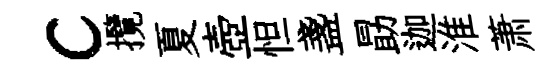
c攬夏壺怛盞勗迦淮萧